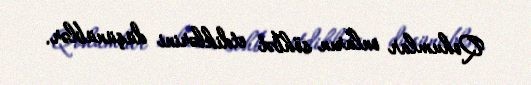
Qohumlar onların söhbət etdiklərini düşünüblər.